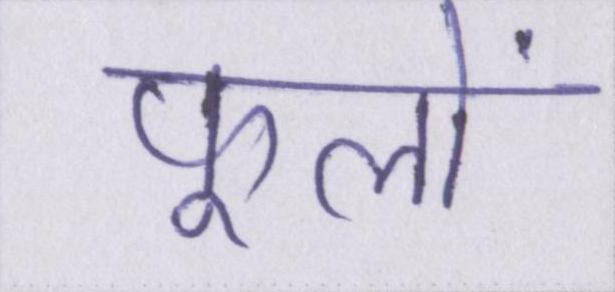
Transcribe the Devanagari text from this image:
फूलों